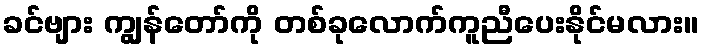
ခင်ဗျား ကျွန်တော်ကို တစ်ခုလောက်ကူညီပေးနိုင်မလား။